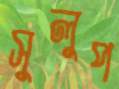
সুলুপ